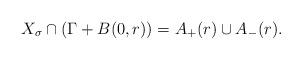
LaTeX: \begin{align*} X_{\sigma} \cap ( \Gamma + B ( 0 , r ) ) = A_{+} ( r ) \cup A_{-} ( r ) .\end{align*}